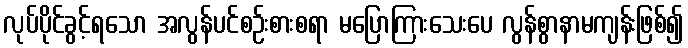
လုပ်ပိုင်ခွင့်ရသော အလွန်ပင်စဉ်းစားစရာ မပြောကြားသေးပေ လွန်စွာနာမကျန်းဖြစ်၍